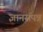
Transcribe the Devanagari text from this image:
ज्ञानसंपन्न